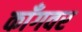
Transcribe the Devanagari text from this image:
काँगवर